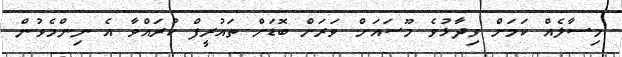
މިސާލެއް ކަމަށް ވިދާޅުވެ މޫސައަށް ވަރަށް ބޮޑަށް ތައުރީފް ކުރައްވާ އެ ނިންމެވުން